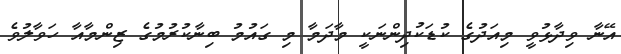
އޭނާ ވިދާޅުވީ މިއަދުގެ ކުޑަކުދިންނަކީ މާދަމާ މި ގައުމު ބިނާކުރުމުގެ ޒިންމާއާ ހަވާލުވެ